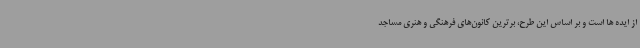
از ایده ها است و بر اساس این طرح، برترین کانون‌های فرهنگی و هنری مساجد